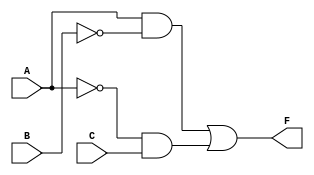
module simplified_logic (
    input wire A,     // Input A
    input wire B,     // Input B
    input wire C,     // Input C
    output wire F     // Output F
);

// Intermediate signals
wire not_B;               // Not B
wire not_A;               // Not A
wire term1;              // A AND NOT B
wire term2;              // NOT A AND C

// Logic implementation
assign not_B = ~B;             // Invert B
assign not_A = ~A;             // Invert A

assign term1 = A & not_B;      // A AND NOT B
assign term2 = not_A & C;      // NOT A AND C

assign F = term1 | term2;      // F = term1 OR term2

endmodule